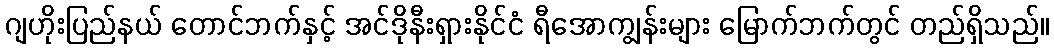
ဂျဟိုးပြည်နယ် တောင်ဘက်နှင့် အင်ဒိုနီးရှားနိုင်ငံ ရီအောကျွန်းများ မြောက်ဘက်တွင် တည်ရှိသည်။